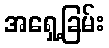
အရှေ့ခြမ်း